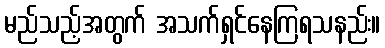
မည်သည့်အတွက် အသက်ရှင်နေကြရသနည်း။